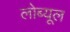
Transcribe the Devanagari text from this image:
लोब्यूल